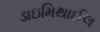
ડાઇમિથાઈલ